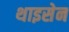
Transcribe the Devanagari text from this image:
थाइसेन